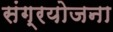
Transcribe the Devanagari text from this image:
संग्रयोजना